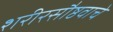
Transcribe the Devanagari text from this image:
शरीरसौष्ठवाचे